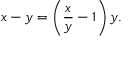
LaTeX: x - y = \left( { \frac { x } { y } } - 1 \right) y .